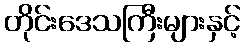
တိုင်းဒေသကြီးများနှင့်